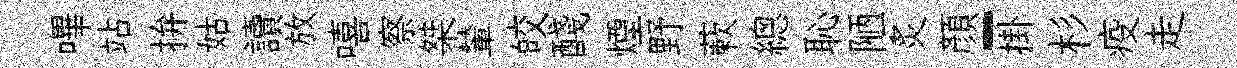
嗶站拚姑讀放嘻察桀輦皎醆煙野蔌總恥陋炙顔-掛杉疫走